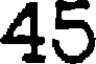
45